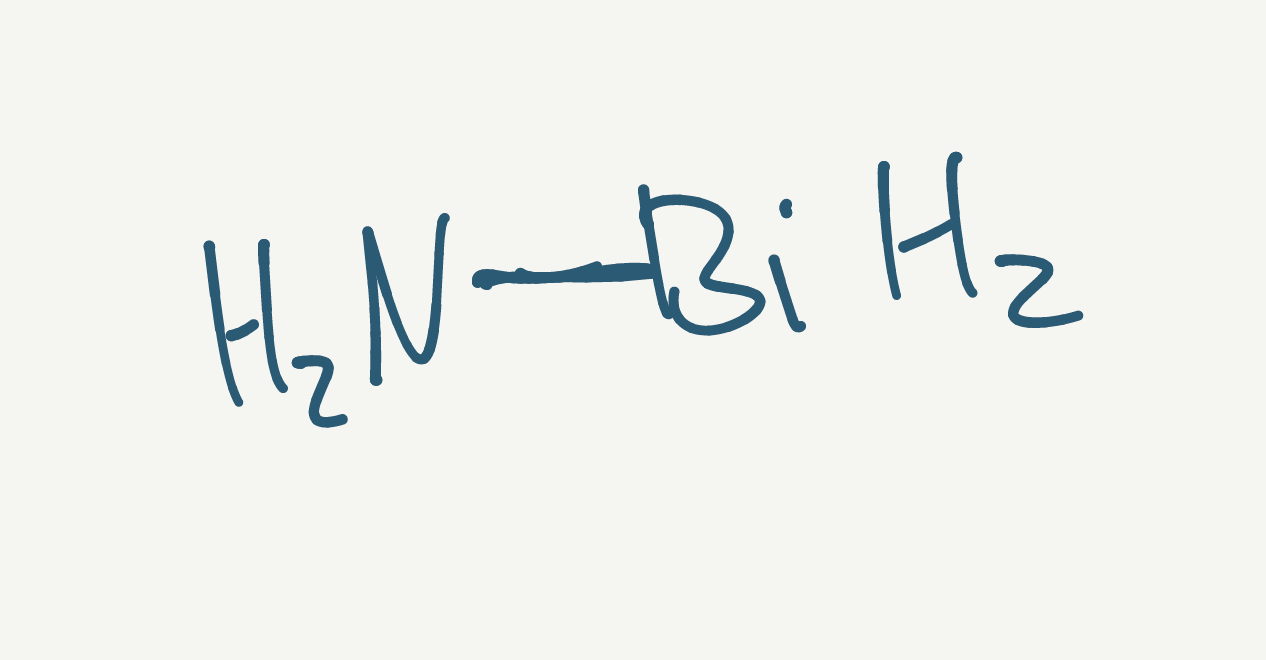
Simplified molecular-input line-entry system (SMILES) notation of the given molecule:
N[BiH2]